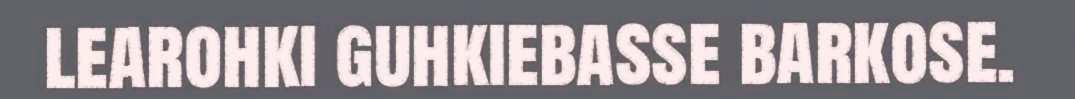
learohki guhkiebasse barkose.